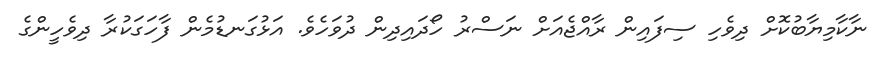
ނާކާމިޔާބުކޮށް ދިވެހި ސިފައިން ރާއްޖެއަށް ނަސްރު ހޯދައިދިން ދުވަހެވެ. އަޅުގަނޑުމެން ފާހަގަކުރާ ދިވެހީންގެ